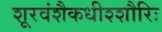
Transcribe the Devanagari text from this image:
शूरवंशैकधीश्शौरिः